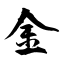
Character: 金